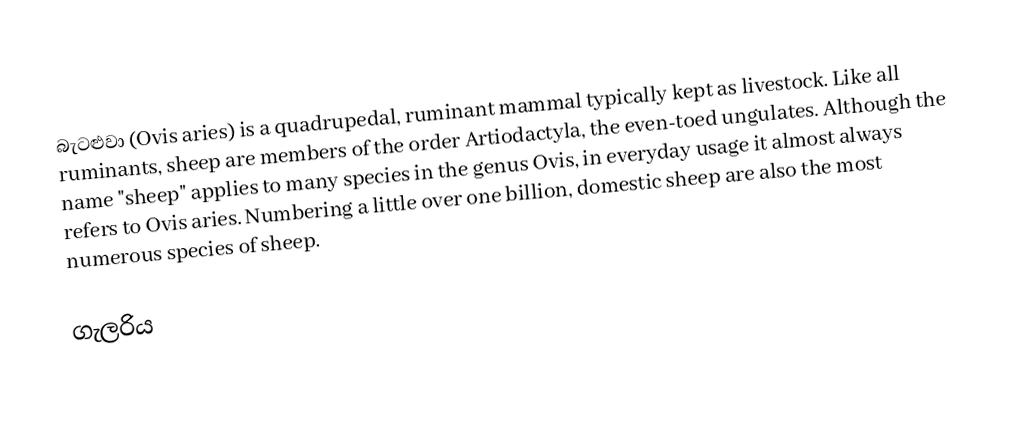
බැටළුවා (Ovis aries) is a quadrupedal, ruminant mammal typically kept as livestock. Like all ruminants, sheep are members of the order Artiodactyla, the even-toed ungulates. Although the name "sheep" applies to many species in the genus Ovis, in everyday usage it almost always refers to Ovis aries. Numbering a little over one billion, domestic sheep are also the most numerous species of sheep.

ගැලරිය